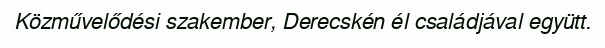
Közművelődési szakember, Derecskén él családjával együtt.